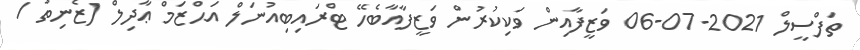
ތަފްސީލް 2021-07-06 ވަޒީފާއިން ވަކިކުރުން ވަޒީފާއާބެހޭ ޓްރައިބިއުނަލް އަޙްޒަމް ޢާދިލް (ޒެނިތު /